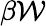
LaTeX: \beta\mathcal{W}